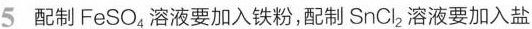
5配制FeSO_{4}溶液要加入铁粉，配制SnCl_{2}溶液要加入盐